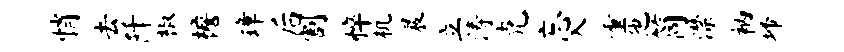
悄去阡椒檐璋后割悴机晨立涛克忘入重他筒潸衲埽